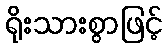
ရိုးသားစွာဖြင့်